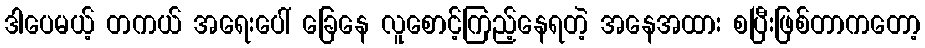
ဒါပေမယ့် တကယ် အရေးပေါ် ခြေနေ လူစောင့်ကြည့်နေရတဲ့ အနေအထား စပြီးဖြစ်တာကတော့